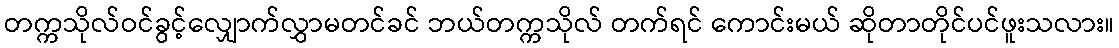
တက္ကသိုလ်ဝင်ခွင့်လျှောက်လွှာမတင်ခင် ဘယ်တက္ကသိုလ် တက်ရင် ကောင်းမယ် ဆိုတာတိုင်ပင်ဖူးသလား။